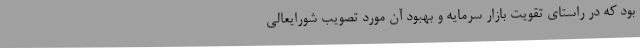
بود که در راستای تقویت بازار سرمایه و بهبود آن مورد تصویب شورایعالی